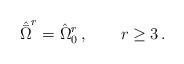
LaTeX: \begin{align*} {\hat{\bar\Omega}}^r={\hat\Omega}_0^r\,, \qquad r \geq 3\,.\end{align*}